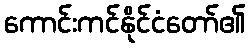
ကောင်းကင်နိုင်ငံတော်၏